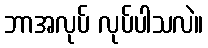
ဘာအလုပ် လုပ်ပါသလဲ။